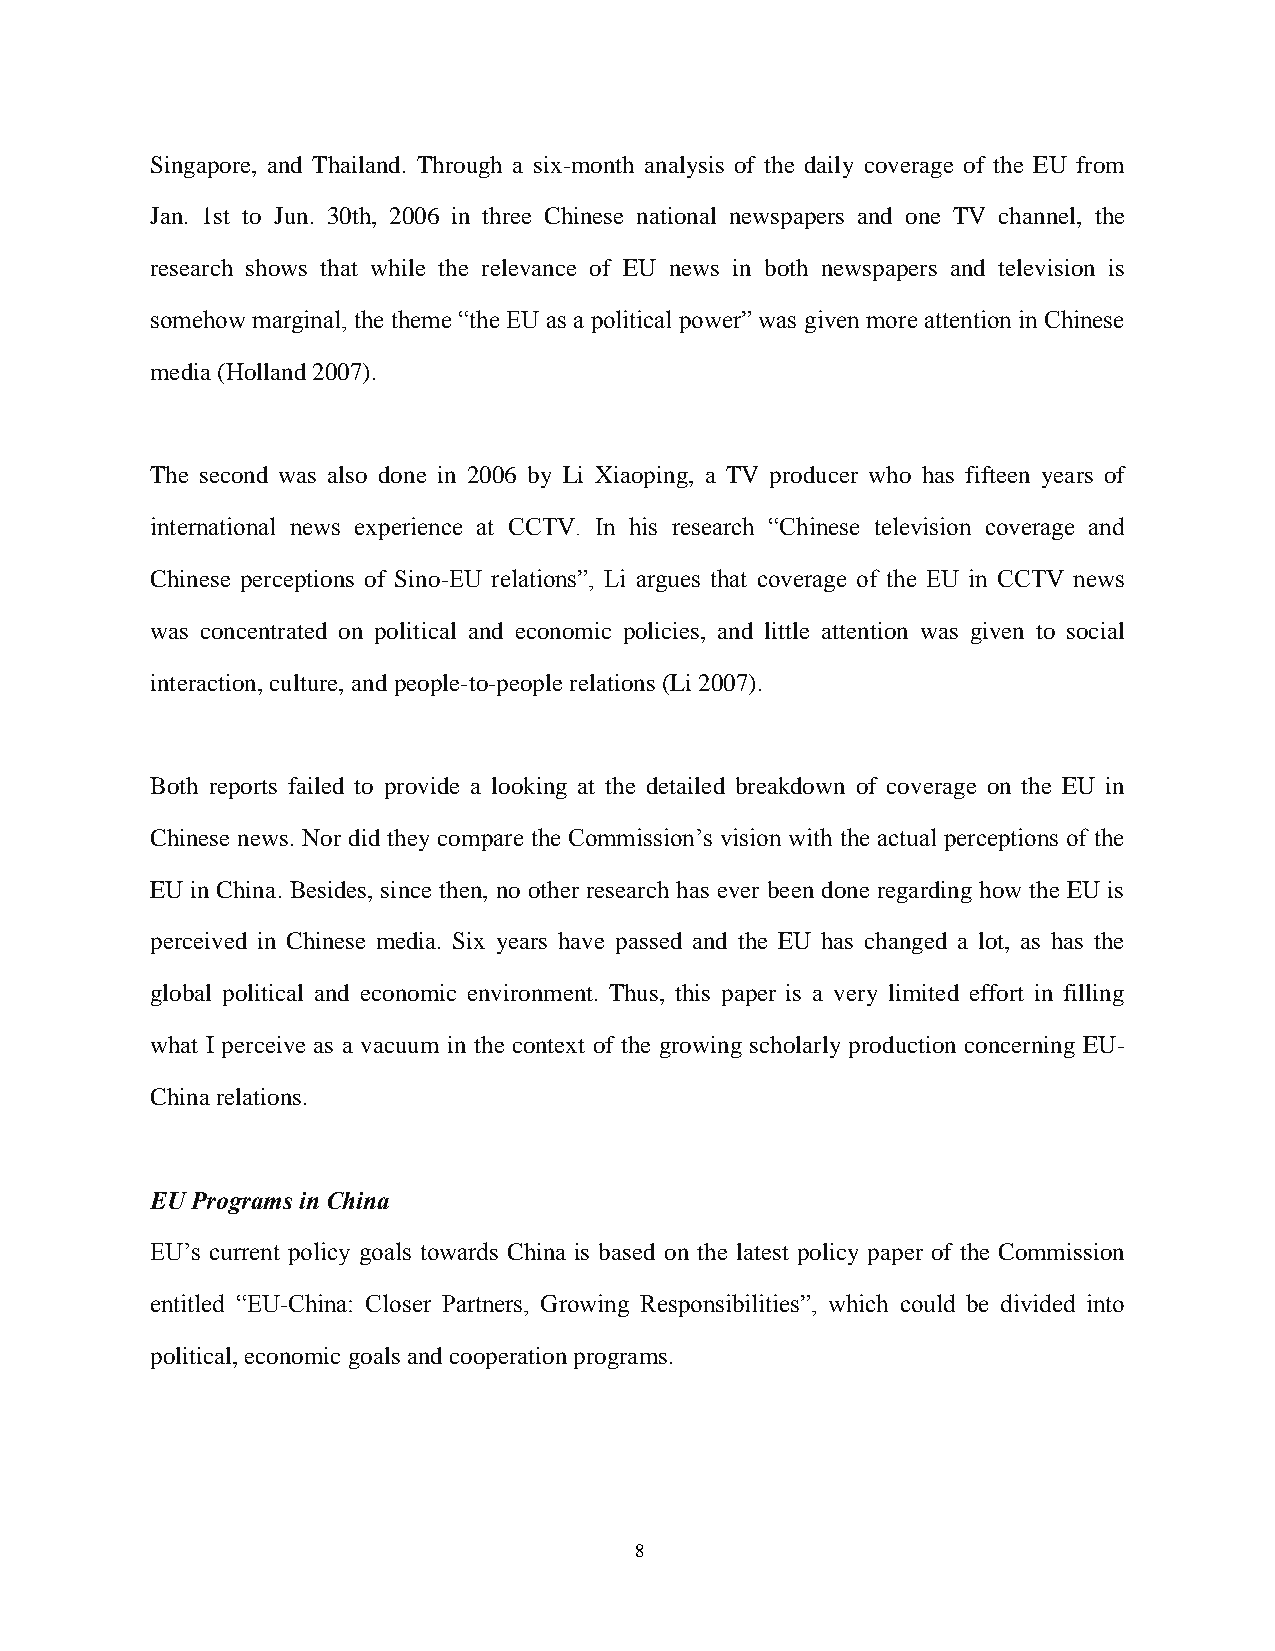
Singapore, and Thailand. Through a six-month analysis of the daily coverage of the EU from
 Jan. 1st to Jun. 30th, 2006 in three Chinese national newspapers and one TV channel, the
 research shows that while the relevance of EU news in both newspapers and television is
 somehow marginal, the theme “the EU as a political power” was given more attention in Chinese
 media (Holland 2007).
 The second was also done in 2006 by Li Xiaoping, a TV producer who has fifteen years of
 international news experience at CCTV. In his research “Chinese television coverage and
 Chinese perceptions of Sino-EU relations”, Li argues that coverage of the EU in CCTV news
 was concentrated on political and economic policies, and little attention was given to social
 interaction, culture, and people-to-people relations (Li 2007).
 Both reports failed to provide a looking at the detailed breakdown of coverage on the EU in
 Chinese news. Nor did they compare the Commission’s vision with the actual perceptions of the
 EU in China. Besides, since then, no other research has ever been done regarding how the EU is
 perceived in Chinese media. Six years have passed and the EU has changed a lot, as has the
 global political and economic environment. Thus, this paper is a very limited effort in filling
 what I perceive as a vacuum in the context of the growing scholarly production concerning EU-
 China relations.
 EU Programs in China
 EU’s current policy goals towards China is based on the latest policy paper of the Commission
 entitled “EU-China: Closer Partners, Growing Responsibilities”, which could be divided into
 political, economic goals and cooperation programs.
 8